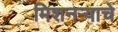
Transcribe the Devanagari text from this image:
मिशनर्‍याचे